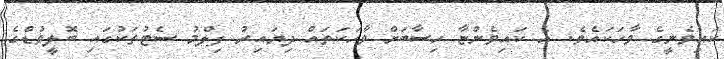
ކައިވެނީގެ ވާހަކައެވެ. އެ ކައިވެންޏާ ހިސާބަށް ވާހަކަތައް ދިޔައިރު ފިލްމު ސެޓުތަކުގައި ބޮލީވުޑްގެ